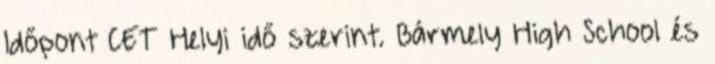
Időpont CET Helyi idő szerint. Bármely High School és